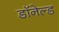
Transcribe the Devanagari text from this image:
डॉनेल्ड